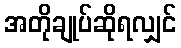
အတိုချုပ်ဆိုရလျှင်